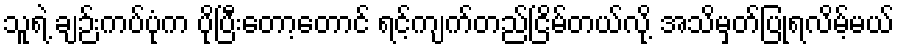
သူရဲ့ ချဉ်းကပ်ပုံက ပိုပြီးတော့တောင် ရင့်ကျက်တည်ငြိမ်တယ်လို့ အသိမှတ်ပြုရလိမ့်မယ်